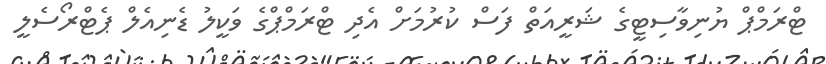
ޓްރަމްޕް ޔުނިވާސިޓީގެ ޝަރީއަތް ފަސް ކުރުމަށް އެދި ޓްރަމްޕްގެ ވަކީލު ޑެނިއެލް ޕެޓްރޯސެލީ